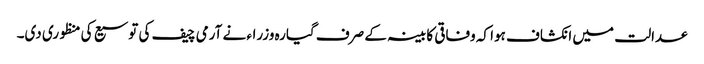
عدالت میں انکشاف ہوا کہ وفاقی کابینہ کے صرف گیارہ وزراء نے آرمی چیف کی توسیع کی منظوری دی۔